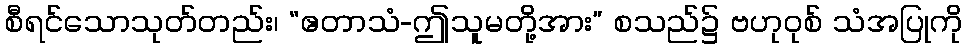
စီရင်သောသုတ်တည်း၊ “ဧတာသံ-ဤသူမတို့အား” စသည်၌ ဗဟုဝုစ် သံအပြုကို